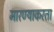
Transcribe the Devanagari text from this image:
मारण्याकरता